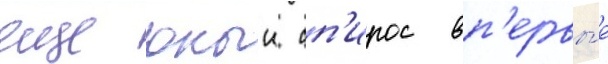
еще юныи сп'ирос вп'ервы́е